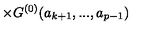
\times { G } ^ { ( 0 ) } ( a _ { k + 1 } , . . . , a _ { p - 1 } )